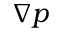
\nabla p